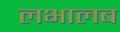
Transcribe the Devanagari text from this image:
लभालब